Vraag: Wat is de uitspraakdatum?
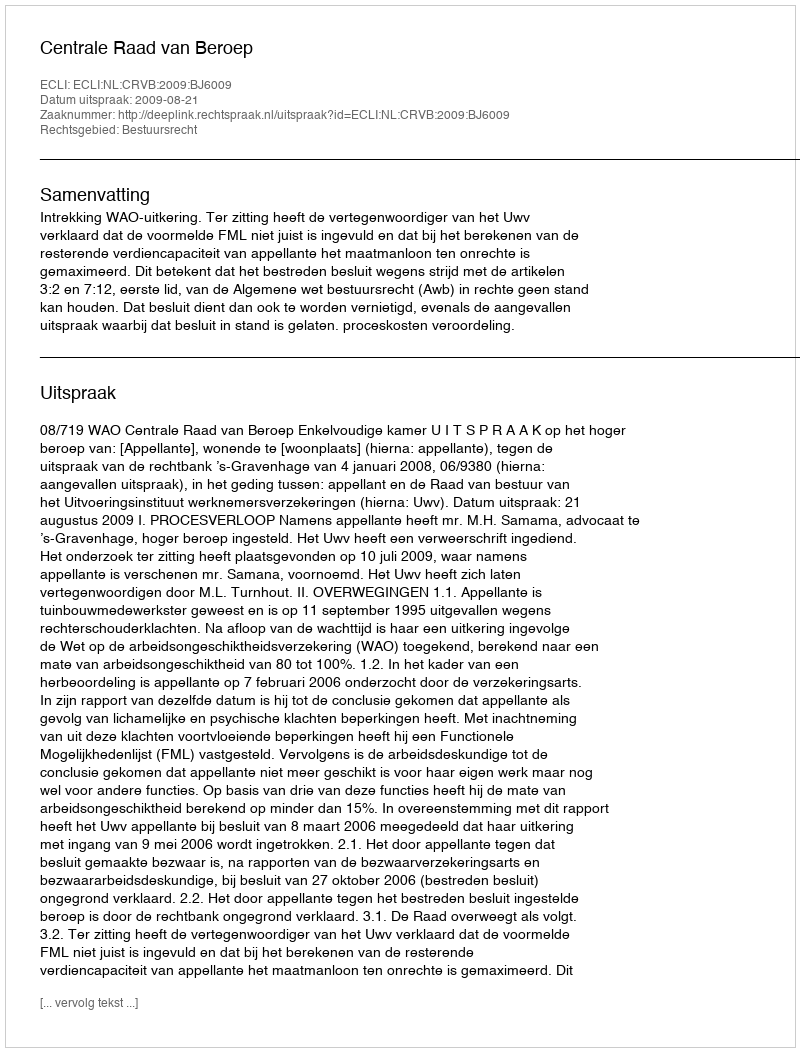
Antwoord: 2009-08-21